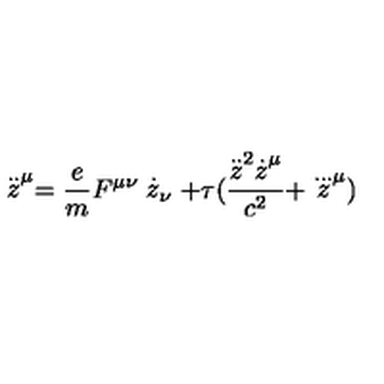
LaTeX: \stackrel { . . } { z } ^ { \mu } = \frac { e } { m } F ^ { \mu \nu } \stackrel { . } { z } _ { \nu } + \tau ( \frac { \stackrel { . . } { z } ^ { 2 } \stackrel { . } { z } ^ { \mu } } { c ^ { 2 } } + \stackrel { . . . } { z } ^ { \mu } )